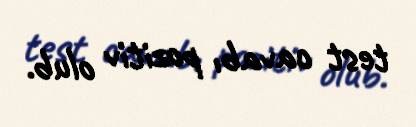
test cavabı pozitiv olub.